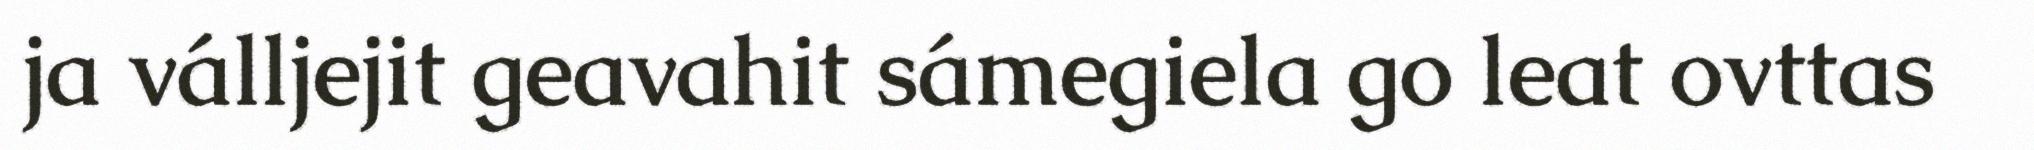
ja válljejit geavahit sámegiela go leat ovttas